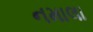
નમાલા